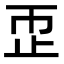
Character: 𬅹